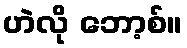
ဟဲလို ဘော့စ်။